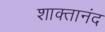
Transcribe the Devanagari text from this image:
शाक्तानंद